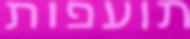
תועפות